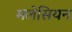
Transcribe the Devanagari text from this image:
मलेसियन